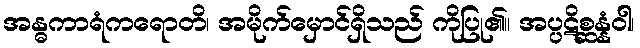
အန္ဓကာရံကရောတိ၊ အမိုက်မှောင်ရှိသည် ကိုပြု၏။ အပ္ပဋိစ္ဆန္နံဝါ၊